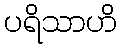
ပရိသာဟိ